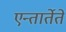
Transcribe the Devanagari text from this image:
एन्तार्तेते